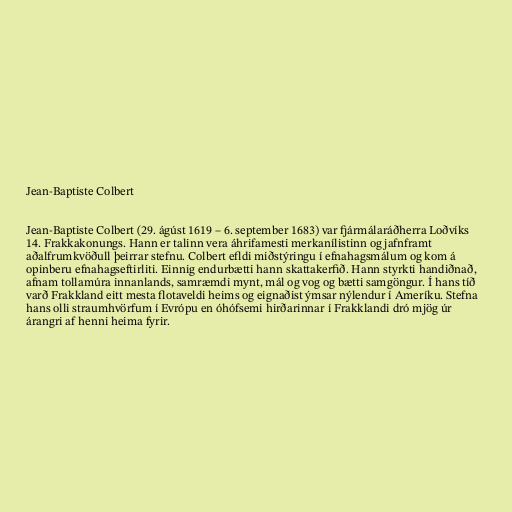
Jean-Baptiste Colbert

Jean-Baptiste Colbert (29. ágúst 1619 – 6. september 1683) var fjármálaráðherra Loðvíks
14. Frakkakonungs. Hann er talinn vera áhrifamesti merkanílistinn og jafnframt
aðalfrumkvöðull þeirrar stefnu. Colbert efldi miðstýringu í efnahagsmálum og kom á
opinberu efnahagseftirliti. Einnig endurbætti hann skattakerfið. Hann styrkti handiðnað,
afnam tollamúra innanlands, samræmdi mynt, mál og vog og bætti samgöngur. Í hans tíð
varð Frakkland eitt mesta flotaveldi heims og eignaðist ýmsar nýlendur í Ameríku. Stefna
hans olli straumhvörfum í Evrópu en óhófsemi hirðarinnar í Frakklandi dró mjög úr
árangri af henni heima fyrir.